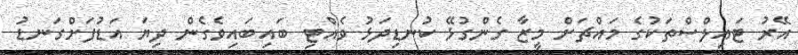
އޭރު ޓައިލްސްތަކުގެ މައްޗަށް މީޒާ ގެންގުޅޭ ކުނޑިދަޅު ވެއްޓި ބައިބައިވެގެން ދިޔަ އަޑުފަށްގަނޑު